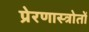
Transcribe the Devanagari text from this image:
प्रेरणास्त्रोतों